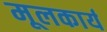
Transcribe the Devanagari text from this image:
मूलकार्य